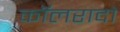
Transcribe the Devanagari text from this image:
कॉलरादो